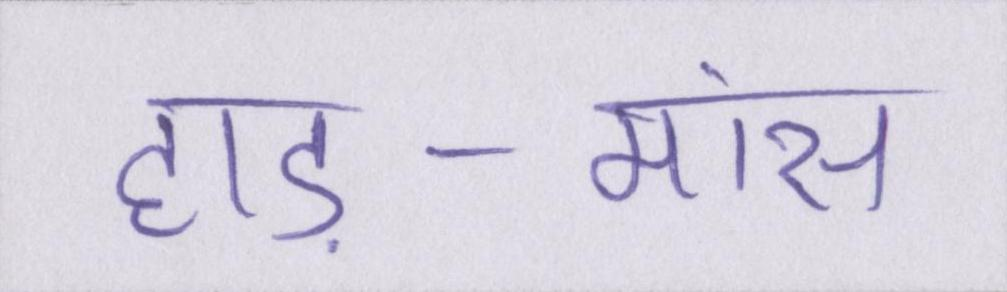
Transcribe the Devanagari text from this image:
हाड़-मांस